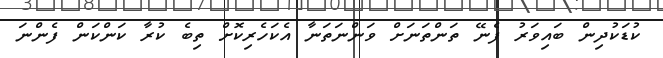
ކުޑަކުދިން ބައިވަރު ފެނޭ ތަންތަނަށް ވަންނަތަނާ އެކަހެރިކޮށް ތިބެ ކުރާ ކަންކަން ފެންނަ